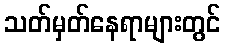
သတ်မှတ်နေရာများတွင်